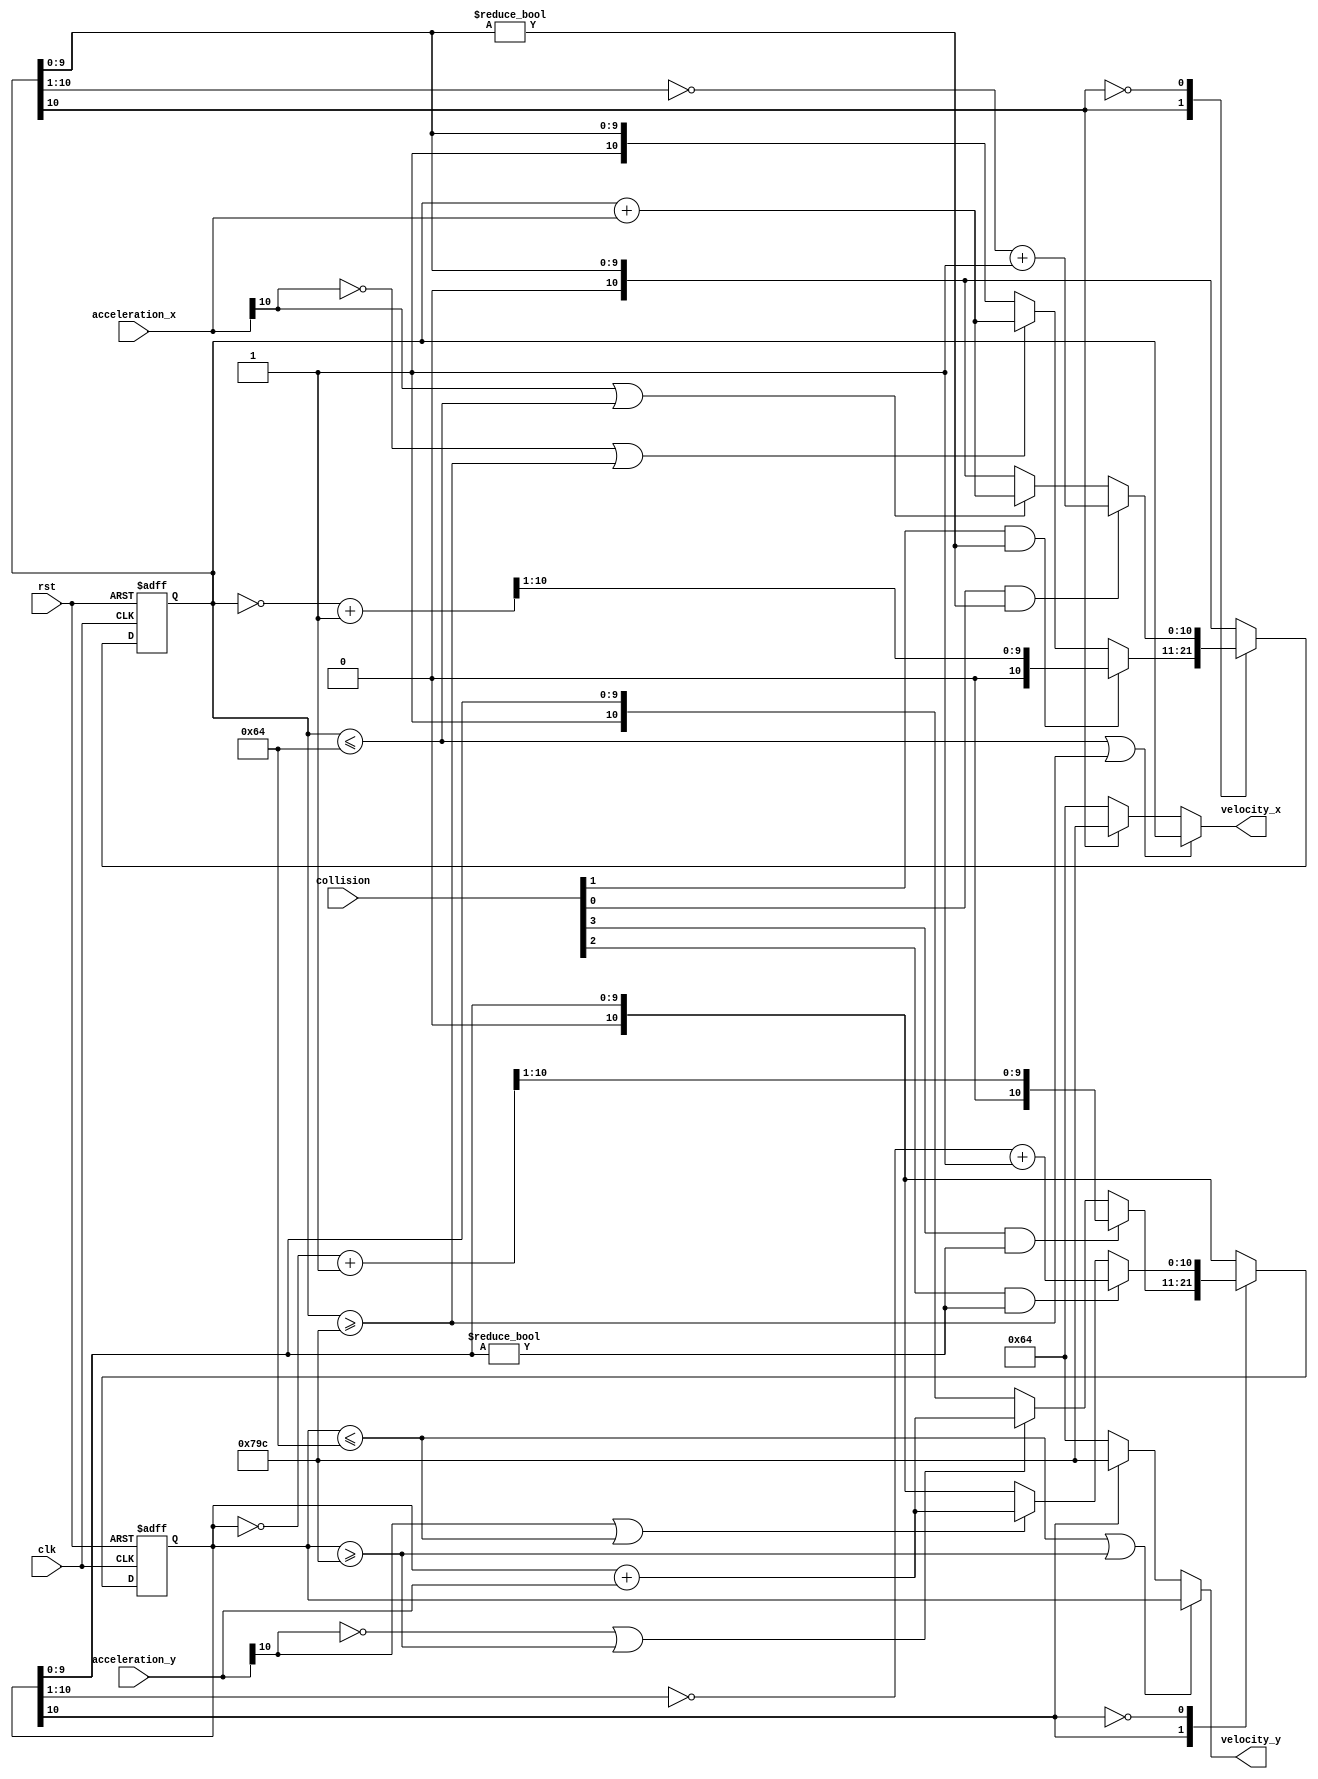
`define UPPER_BOUND 11'd100
// velocity <= 100

module solve_velocity(
    input clk,
	input rst,
	input [3:0] collision,
	input [10:0] acceleration_x,
	input [10:0] acceleration_y,
	output reg [10:0] velocity_x,
	output reg [10:0] velocity_y
);

    reg [10:0] x = 11'd0;
    reg [10:0] y = 11'd0;

	always @(posedge clk or negedge rst)begin
		if(!rst)begin
			x <= 11'd0;
		end
		else begin
			case(x[10])
			1'b1:begin
				if(collision[1] && x[9:0]!=10'b0)begin // left and collision
					x <= (~x+11'd1)>>1;
				end
				else if (acceleration_x[10]==1'b0 || x>=~`UPPER_BOUND+11'd1) begin
					x <= x + acceleration_x ;
				end
			end
			1'b0:begin
				if(collision[0] && x[9:0]!=10'b0)begin  // right and collision
					x <= ~(x>>1)+11'd1;
				end
				else if(acceleration_x[10]==1'b1 || x<=`UPPER_BOUND) begin
					x <= x + acceleration_x;
				end
			end
			endcase
		end			

	end

	always @(posedge clk or negedge rst)begin
		if(!rst)begin
			y <= 11'd0;
		end
		else begin			
			case(y[10])
			1'b1:begin
				if(collision[3] && y[9:0]!=10'b0)begin // up and collision
					y <= (~y+11'd1)>>1;
				end
				else if (acceleration_y[10]==1'b0 || y>=~`UPPER_BOUND+11'd1) begin
					y <= y + acceleration_y ;
				end
			end
			1'b0:begin
				if(collision[2] && y[9:0]!=10'b0)begin // down and collision
					y <= ~(y>>1)+11'd1;
				end
				else if(acceleration_y[10]==1'b1 || y<=`UPPER_BOUND) begin
					y <= y + acceleration_y;
				end
			end
			endcase
		end			
	end

	always @(*)begin
		if(x<=`UPPER_BOUND||x>=~`UPPER_BOUND+11'd1)begin
			velocity_x = x;
		end
		else if(x[10]==1'b1)begin
			velocity_x = ~`UPPER_BOUND+11'd1;
		end
		else begin
			velocity_x = `UPPER_BOUND;
		end

		if(y<=`UPPER_BOUND||y>=~`UPPER_BOUND+11'd1)begin
			velocity_y = y;
		end
		else if(y[10]==1'b1)begin
			velocity_y = ~`UPPER_BOUND+11'd1;
		end
		else begin
			velocity_y = `UPPER_BOUND;
		end
	end

endmodule